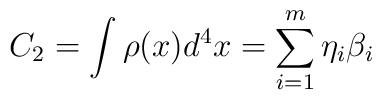
C_2=\int \rho (x)d^4x=\sum_{i=1}^m\eta _i\beta _i